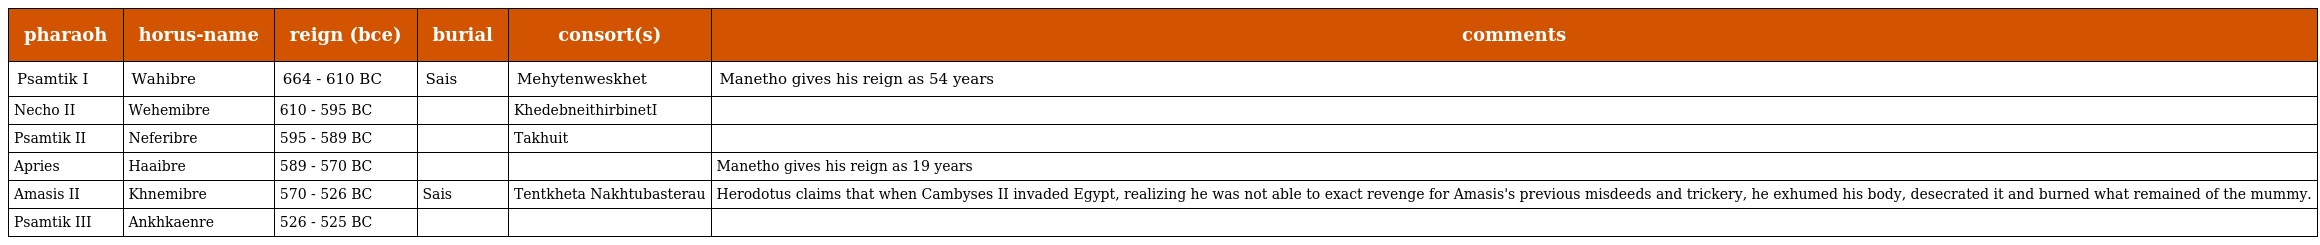
| pharaoh | horus-name | reign (bce) | burial | consort(s) | comments |
 | --- | --- | --- | --- | --- | --- |
 | Psamtik I | Wahibre | 664 - 610 BC | Sais | Mehytenweskhet | Manetho gives his reign as 54 years |
 | Necho II | Wehemibre | 610 - 595 BC |  | KhedebneithirbinetI |  |
 | Psamtik II | Neferibre | 595 - 589 BC |  | Takhuit |  |
 | Apries | Haaibre | 589 - 570 BC |  |  | Manetho gives his reign as 19 years |
 | Amasis II | Khnemibre | 570 - 526 BC | Sais | Tentkheta Nakhtubasterau | Herodotus claims that when Cambyses II invaded Egypt, realizing he was not able to exact revenge for Amasis's previous misdeeds and trickery, he exhumed his body, desecrated it and burned what remained of the mummy. |
 | Psamtik III | Ankhkaenre | 526 - 525 BC |  |  |  |